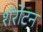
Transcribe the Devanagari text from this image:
शॅरोटन